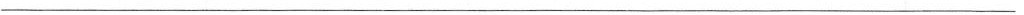
___